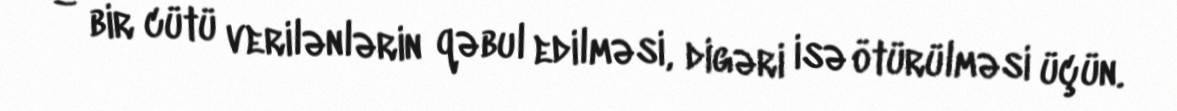
– bir cütü verilənlərin qəbul edilməsi, digəri isə ötürülməsi üçün.